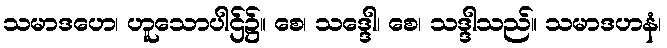
သမာဒဟေ၊ ဟူသောပါဌ်၌။ စေ၊ သဒ္ဒေါ၊ စေ၊ သဒ္ဒါသည်။ သမာဒဟနံ၊